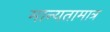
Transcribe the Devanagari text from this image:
मान्यतामात्र